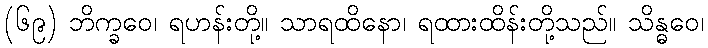
(၆၉) ဘိက္ခဝေ၊ ရဟန်းတို့။ သာရထိနော၊ ရထားထိန်းတို့သည်။ သိန္ဓဝေ၊